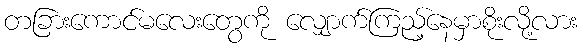
တခြားကောင်မလေးတွေကို လျှောက်ကြည့်နေမှာစိုးလို့လား